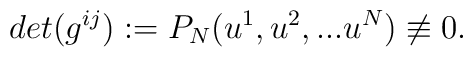
det( g^{ij}):=P_{N}(u^{1},u^{2},...u^{N}) \not\equiv 0.